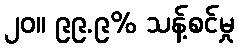
၂၀။ ၉၉.၉% သန့်စင်မှု